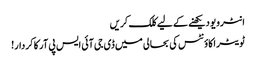
انٹرویو دیکھنے کے لیے کلک کریں
ٹویٹر اکاؤنٹس کی بحالی میں‌ ڈی جی آئی ایس پی آر کا کردار!